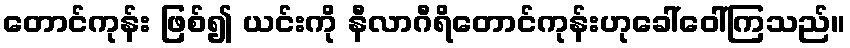
တောင်ကုန်း ဖြစ်၍ ယင်းကို နီလာဂီရိတောင်ကုန်းဟုခေါ်ဝေါ်ကြသည်။